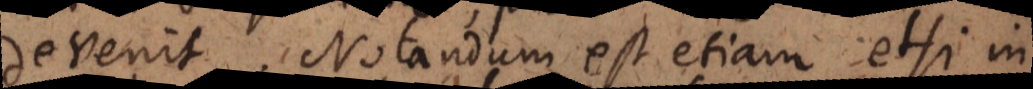
devenit. Notandum est etiam etsi in